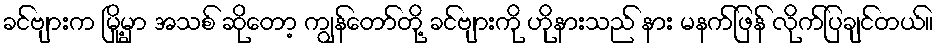
ခင်ဗျားက မြို့မှာ အသစ် ဆိုတော့ ကျွန်တော်တို့ ခင်ဗျားကို ဟိုနားသည် နား မနက်ဖြန် လိုက်ပြချင်တယ်။